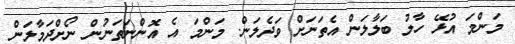
މަންމަ އުޅޭ ހާލު ބަލާލަން އެތަނަށް ވަދެލަން. މަންމަ އެ އޮންނަތަނުން ނޯށްދަމާލަން